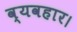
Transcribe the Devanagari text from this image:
व्‍यवहार।